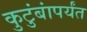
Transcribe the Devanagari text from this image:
कुटुंबांपर्यंत